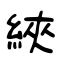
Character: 綊